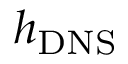
h _ { \mathrm { { D N S } } }